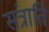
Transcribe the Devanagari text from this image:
संत्राति